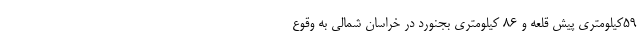
۵۹کیلومتری پیش قلعه و ۸۶ کیلومتری بجنورد در خراسان شمالی به وقوع